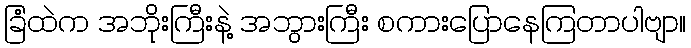
ခြံထဲက အဘိုးကြီးနဲ့ အဘွားကြီး စကားပြောနေကြတာပါဗျာ။